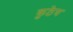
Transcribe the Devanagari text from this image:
कुठेय